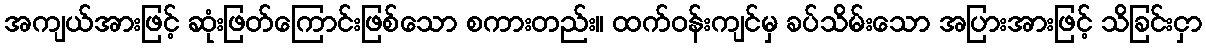
အကျယ်အားဖြင့် ဆုံးဖြတ်ကြောင်းဖြစ်သော စကားတည်း။ ထက်ဝန်းကျင်မှ ခပ်သိမ်းသော အပြားအားဖြင့် သိခြင်းငှာ